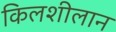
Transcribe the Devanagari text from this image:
किलशीलान